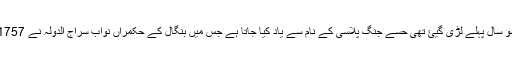
ازادی حاصل کرنے سے تقریباّ دو سو سال پہلے لڑی گیئ تھی حسے جنگ پلاسی کے نام سے یاد کیا جاتا ہے جس میں بنگال کے حکمراں نواب سراج الدولہ نے 1757 میں انگریزوں کو شکست فاش دی۔